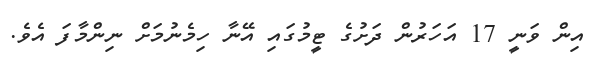
އިން ވަނީ 17 އަހަރުން ދަށުގެ ޓީމުގައި އޭނާ ހިމެނުމަށް ނިންމާފަ އެވެ.